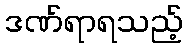
ဒဏ်ရာရသည့်